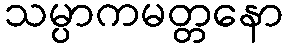
သမ္ပာကမတ္တနော